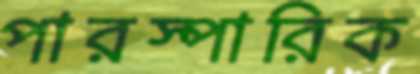
পারস্পারিক